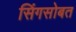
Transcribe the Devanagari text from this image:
सिंगसोबत